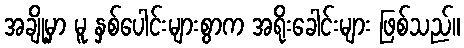
အချို့မှာ မူ နှစ်ပေါင်းများစွာက အရိုးခေါင်းများ ဖြစ်သည်။